画像に写った文字を読んでください
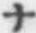
「ナ」と書いてあります